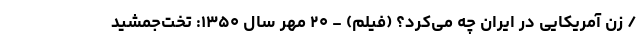
/ زن آمریکایی در ایران چه می‌کرد؟ (فیلم) - ۲۰ مهر سال ۱۳۵۰: تخت‌جمشید